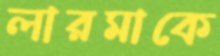
লারমাকে